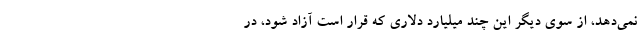
نمی‌دهد، از سوی دیگر این چند میلیارد دلاری که قرار است آزاد شود، در